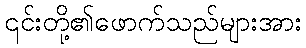
၎င်းတို့၏ဖောက်သည်များအား